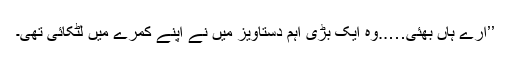
’’ارے ہاں بھئی…..وہ ایک بڑی اہم دستاویز میں نے اپنے کمرے میں لٹکائی تھی۔